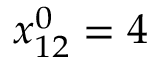
x _ { 1 2 } ^ { 0 } = 4